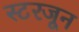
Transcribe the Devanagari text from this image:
स्टरजून